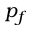
p _ { f }